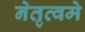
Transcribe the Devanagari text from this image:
नेतृत्वमे